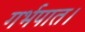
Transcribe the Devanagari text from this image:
गर्भपात।